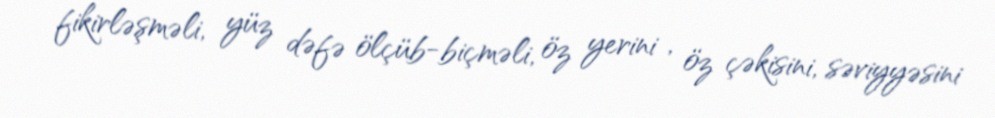
fikirləşməli, yüz dəfə ölçüb-biçməli, öz yerini , öz çəkisini, səviyyəsini